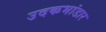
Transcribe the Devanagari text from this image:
उदकभांडार